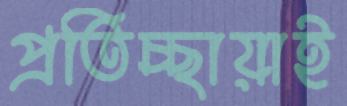
প্রতিচ্ছায়াই